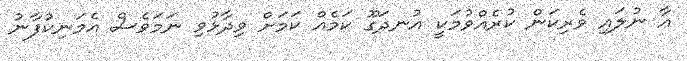
އާ ނުލައި ވެރިކަން ކުރެއްވުމަކީ އުނދަގޫ ކަމެއް ކަމަށް ވިދާޅުވި ނަމަވެސް އެމަނިކުފާނު